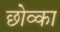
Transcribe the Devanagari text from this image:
छोव्का